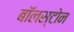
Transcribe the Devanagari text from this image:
बॉलस्टोन